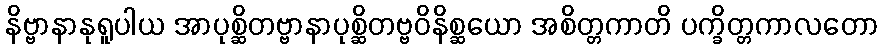
နိဗ္ဗာနာနုရူပါယ အာပုစ္ဆိတဗ္ဗာနာပုစ္ဆိတဗ္ဗဝိနိစ္ဆယော အစိတ္တကာတိ ပက္ခိတ္တကာလတော